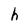
Character: h